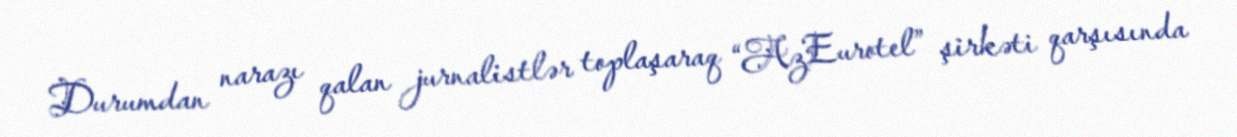
Durumdan narazı qalan jurnalistlər toplaşaraq “AzEurotel” şirkəti qarşısında